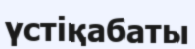
үстіқабаты